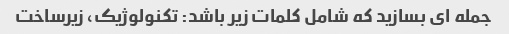
جمله ای بسازید که شامل کلمات زیر باشد: تکنولوژیک، زیرساخت